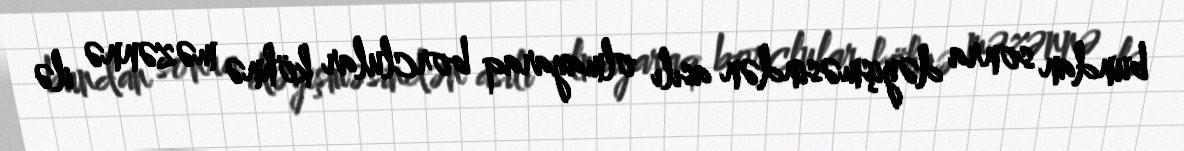
bundan sonra dəyişməsindən asılı olmayaraq borclular köhnə məzənnə ilə